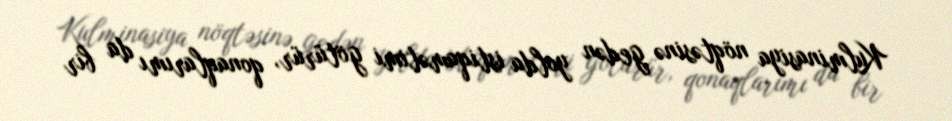
Kulminasiya nöqtəsinə gedən yolda istiqamətimi götürür, qonaqlarımı da bir